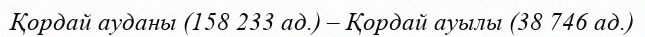
Қордай ауданы (158 233 ад.) – Қордай ауылы (38 746 ад.)